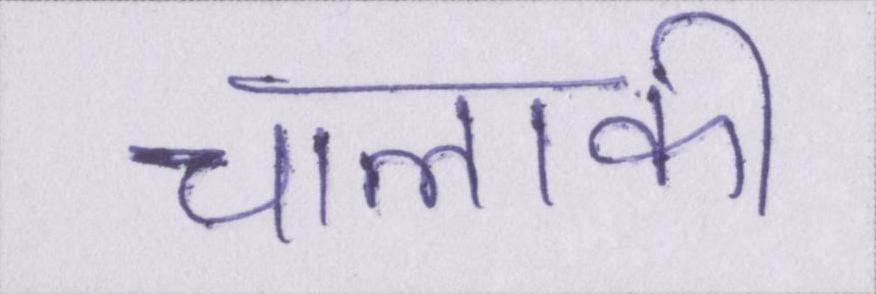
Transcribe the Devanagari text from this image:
चालाकी